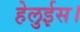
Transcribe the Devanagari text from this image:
हेलुईस।